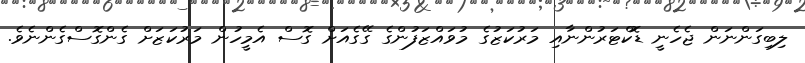
ލިބިގަންނަން ޖެހެނީ ޑޮކްޓަރުންނާއި މަރުކަޒުގެ މުވައްޒަފުންގެ ގޭގެއަށް ގޮސް އެމީހުން މަރުކަޒަށް ގެންގޮސްގެންނެވެ.